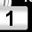
Digit: 1